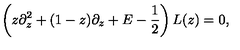
\left( z \partial _ { z } ^ { 2 } + ( 1 - z ) \partial _ { z } + E - { \frac { 1 } { 2 } } \right) L ( z ) = 0 ,